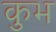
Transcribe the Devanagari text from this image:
कुभ